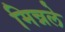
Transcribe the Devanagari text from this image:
मिन्नले